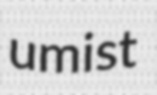
umist